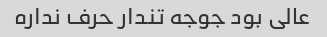
عالی بود جوجه تندار حرف نداره